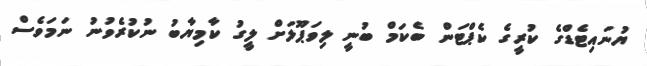
ޔުނައިޓެޑްގެ ކުރީގެ ކެޕްޓަން ބެކަމް ބުނީ ލިވަޕޫލަށް ލީގު ކާމިޔާބު ނުކުރެވުނު ނަމަވެސް